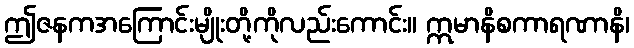
ဤဇနကအကြောင်းမျိုးတို့ကိုလည်းကောင်း။ ဣမာနိစကာရဏာနိ၊